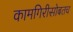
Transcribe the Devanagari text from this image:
कामगिरीसोबतच